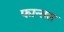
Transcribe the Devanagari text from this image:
फान्तस